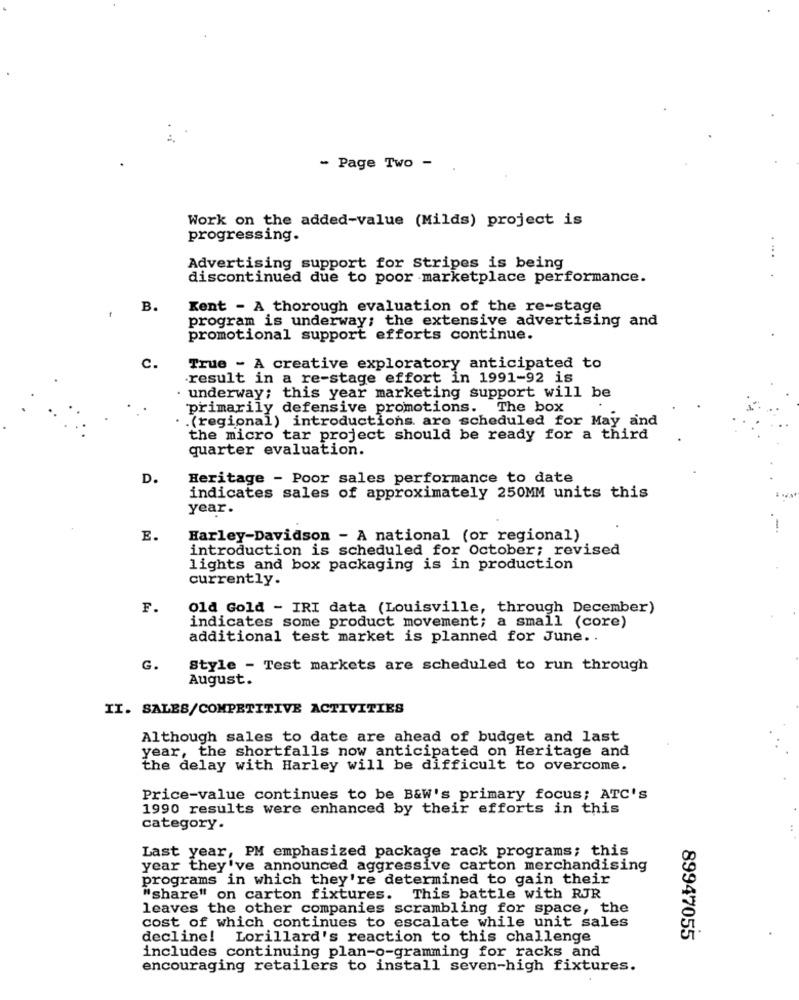
- Page Two -
Work on the added-value (Milds) project is
progressing.
....
Advertising support for Stripes is being
discontinued due to poor marketplace performance.
B.
Kent - A thorough evaluation of the re-stage
program is underway; the extensive advertising and
promotional support efforts continue.
C.
True - A creative exploratory anticipated to
result in a re-stage effort in 1991-92 is
· underway; this year marketing support will be
primarily defensive promotions. The box
.(regional) introductions are scheduled for May and
the micro tar project should be ready for a third
quarter evaluation.
D.
Heritage - Poor sales performance to date
indicates sales of approximately 250MM units this
year.
E.
Harley-Davidson - A national (or regional)
introduction is scheduled for October; revised
lights and box packaging is in production
currently.
F.
Old Gold - IRI data (Louisville, through December)
indicates some product movement; a small (core)
additional test market is planned for June ..
G.
Style - Test markets are scheduled to run through
August.
II. SALES/COMPETITIVE ACTIVITIES
Although sales to date are ahead of budget and last
year, the shortfalls now anticipated on Heritage and
the delay with Harley will be difficult to overcome.
Price-value continues to be B&W's primary focus; ATC'S
1990 results were enhanced by their efforts in this
category.
Last year, PM emphasized package rack programs; this
year they've announced aggressive carton merchandising
programs in which they're determined to gain their
"share" on carton fixtures. This battle with RJR
leaves the other companies scrambling for space, the
cost of which continues to escalate while unit sales
decline! Lorillard's reaction to this challenge
89947055
includes continuing plan-o-gramming for racks and
encouraging retailers to install seven-high fixtures.